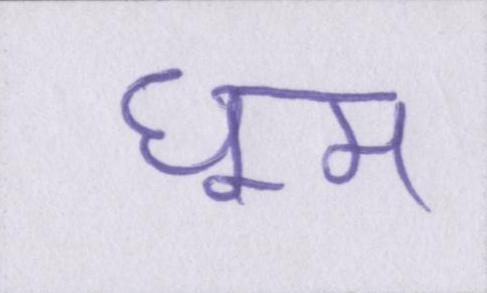
धूम